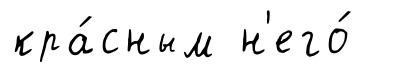
кра́сным н'его́